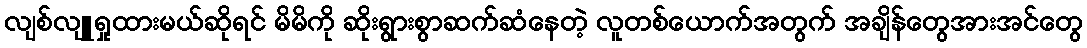
လျစ်လျူရှုထားမယ်ဆိုရင် မိမိကို ဆိုးရွားစွာဆက်ဆံနေတဲ့ လူတစ်ယောက်အတွက် အချိန်တွေအားအင်တွေ